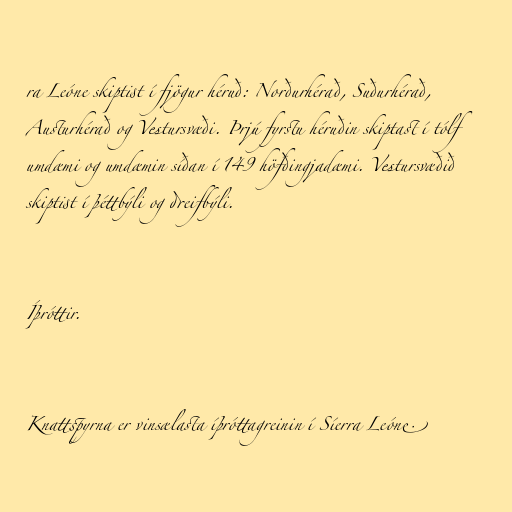
ra Leóne skiptist í fjögur héruð: Norðurhérað, Suðurhérað,
Austurhérað og Vestursvæði. Þrjú fyrstu héruðin skiptast í tólf
umdæmi og umdæmin síðan í 149 höfðingjadæmi. Vestursvæðið
skiptist í þéttbýli og dreifbýli.

Íþróttir.

Knattspyrna er vinsælasta íþróttagreinin í Síerra Leóne.